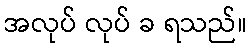
အလုပ် လုပ် ခ ရသည်။